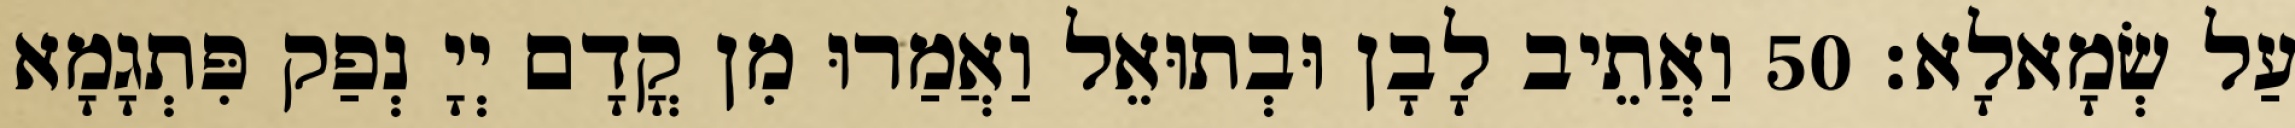
עַל שְׂמָאלָא׃ 50 וַאֲתֵיב לָבָן וּבְתוּאֵל וַאֲמַרוּ מִן קֳדָם יְיָ נְפַק פִּתְגָמָא